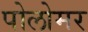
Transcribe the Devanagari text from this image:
पोलोमर